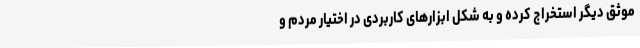
موثق دیگر استخراج کرده و به شکل ابزارهای کاربردی در اختیار مردم و